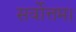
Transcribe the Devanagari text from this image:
सर्वोत्तम।